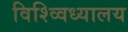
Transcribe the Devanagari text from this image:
विश्व्विध्यालय